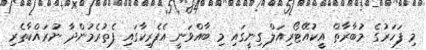
މި ފަހަރުގެ މުބާރާތް އީކުއޭޓޯރިއަލް ގިނީގައި މި ބާއްވަނީ އެފެރިކާގައި ފެތުރެމުންދާ ނުރައްކާތެރި